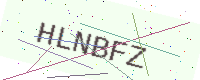
Text: HLNBFZ